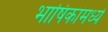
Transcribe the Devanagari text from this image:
भाषिकांमध्ये